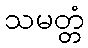
သမတ္တံ